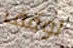
لوقف